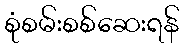
စုံစမ်းစစ်ဆေးရန်